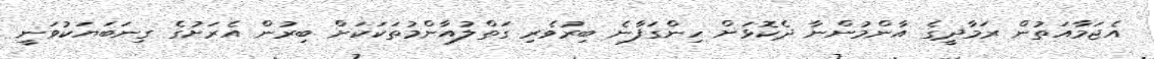
އެޖަމާއަތުން ރަމާދީގެ އާންމުންނާ ދެކޮޅަށް ހިންގަފާނެ ބިރުވެރި ގަތްލުއާންމުތަކަކަށް ބިރުން އެރަށުގެ ގިނަބަޔަކުވަނީ